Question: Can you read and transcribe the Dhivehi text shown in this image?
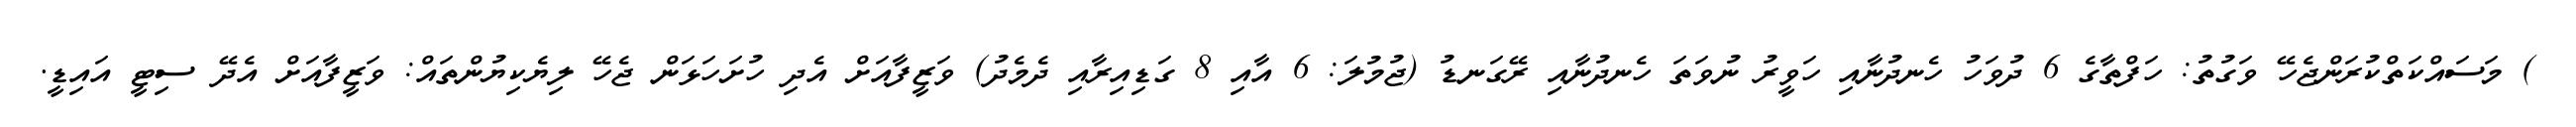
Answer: ) މަސައްކަތްކުރަންޖެހޭ ވަގުތު: ހަފްތާގެ 6 ދުވަހު ހެނދުނާއި ހަވީރު ނުވަތަ ހެނދުނާއި ރޭގަނޑު (ޖުމުލަ: 6 އާއި 8 ގަޑިއިރާއި ދެމެދު) ވަޒީފާއަށް އެދި ހުށަހަޅަން ޖެހޭ ލިޔެކިޔުންތައް: ވަޒީފާއަށް އެދޭ ސިޓީ އައިޑީ.